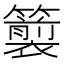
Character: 𮆵